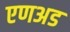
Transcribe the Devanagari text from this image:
एणअड